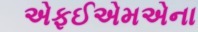
એફઈએમએના